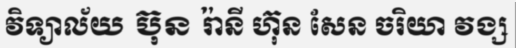
វិទ្យាល័យ ប៊ុន រ៉ានី ហ៊ុន សែន ចរិយា វង្ស